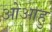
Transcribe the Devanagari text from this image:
ओआहु